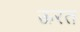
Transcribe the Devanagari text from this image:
ऊरत